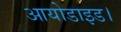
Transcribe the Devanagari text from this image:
आयोडाइड।